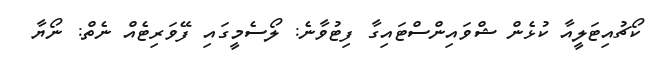
ކޯޗުއިޓަލީއާ ކުޅެން ޝްވައިންސްޓައިގާ ފިޓުވާނެ: ލޯސެމީގައި ފޭވަރިޓެއް ނެތް: ނޯޔާ